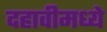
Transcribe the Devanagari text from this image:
दहावीमध्ये